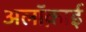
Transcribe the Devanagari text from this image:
अलॉक़ाई